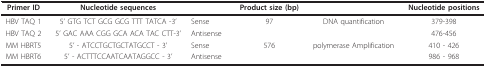
<table><thead><tr><td><b>Primer ID</b></td><td><b>Nucleotide sequences</b></td><td></td><td><b>Product size (bp)</b></td><td></td><td><b>Nucleotide positions</b></td></tr></thead><tbody><tr><td>HBV TAQ 1</td><td>5&#x27; GTG TCT GCG GCG TTT TATCA -3&#x27;</td><td>Sense</td><td>97</td><td>DNA quantification</td><td>379-398</td></tr><tr><td>HBV TAQ 2</td><td>5&#x27; GAC AAA CGG GCA ACA TAC CTT-3&#x27;</td><td>Antisense</td><td></td><td></td><td>476-456</td></tr><tr><td>MM HBRT5</td><td>5&#x27; - ATCCTGCTGCTATGCCT - 3&#x27;</td><td>Sense</td><td>576</td><td>polymerase Amplification</td><td>410 - 426</td></tr><tr><td>MM HBRT6</td><td>5&#x27; - ACTTTCCAATCAATAGGCC - 3&#x27;</td><td>Antisense</td><td></td><td></td><td>986 - 968</td></tr></tbody></table>